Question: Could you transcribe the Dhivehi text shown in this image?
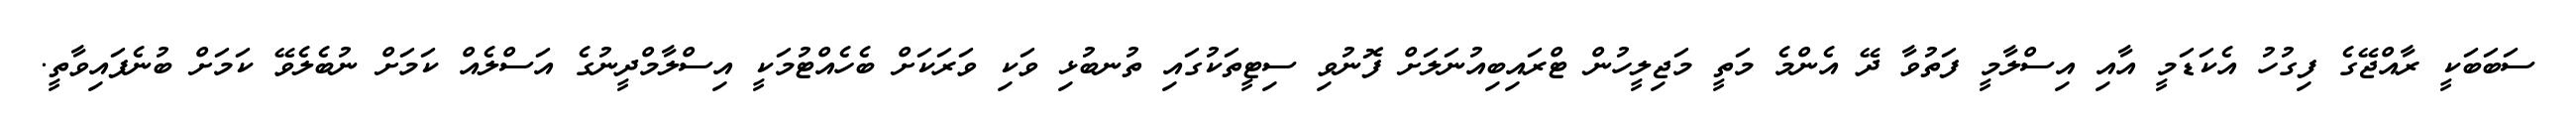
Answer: ސަބަބަކީ ރާއްޖޭގެ ފިގުހު އެކަޑަމީ އާއި އިސްލާމީ ފަތުވާ ދޭ އެންމެ މަތީ މަޖިލީހުން ޓްރައިބިއުނަލަށް ފޮނުވި ސިޓީތަކުގައި ތުނބުޅި ވަކި ވަރަކަށް ބެހެއްޓުމަކީ އިސްލާމްދީނުގެ އަސްލެއް ކަމަށް ނުބެލެވޭ ކަމަށް ބުނެފައިވާތީ.